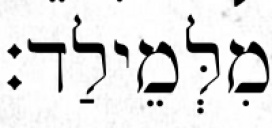
מִלְּמֵילַד׃